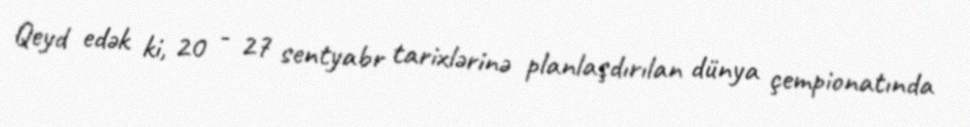
Qeyd edək ki, 20 - 27 sentyabr tarixlərinə planlaşdırılan dünya çempionatında